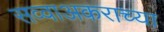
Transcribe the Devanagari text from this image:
सव्वाअकराच्या